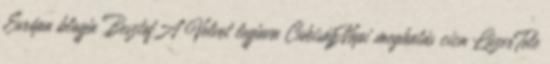
Európa blogja BesztofA Velvet legjava CukiságNapi meghatás cica LúzerTele